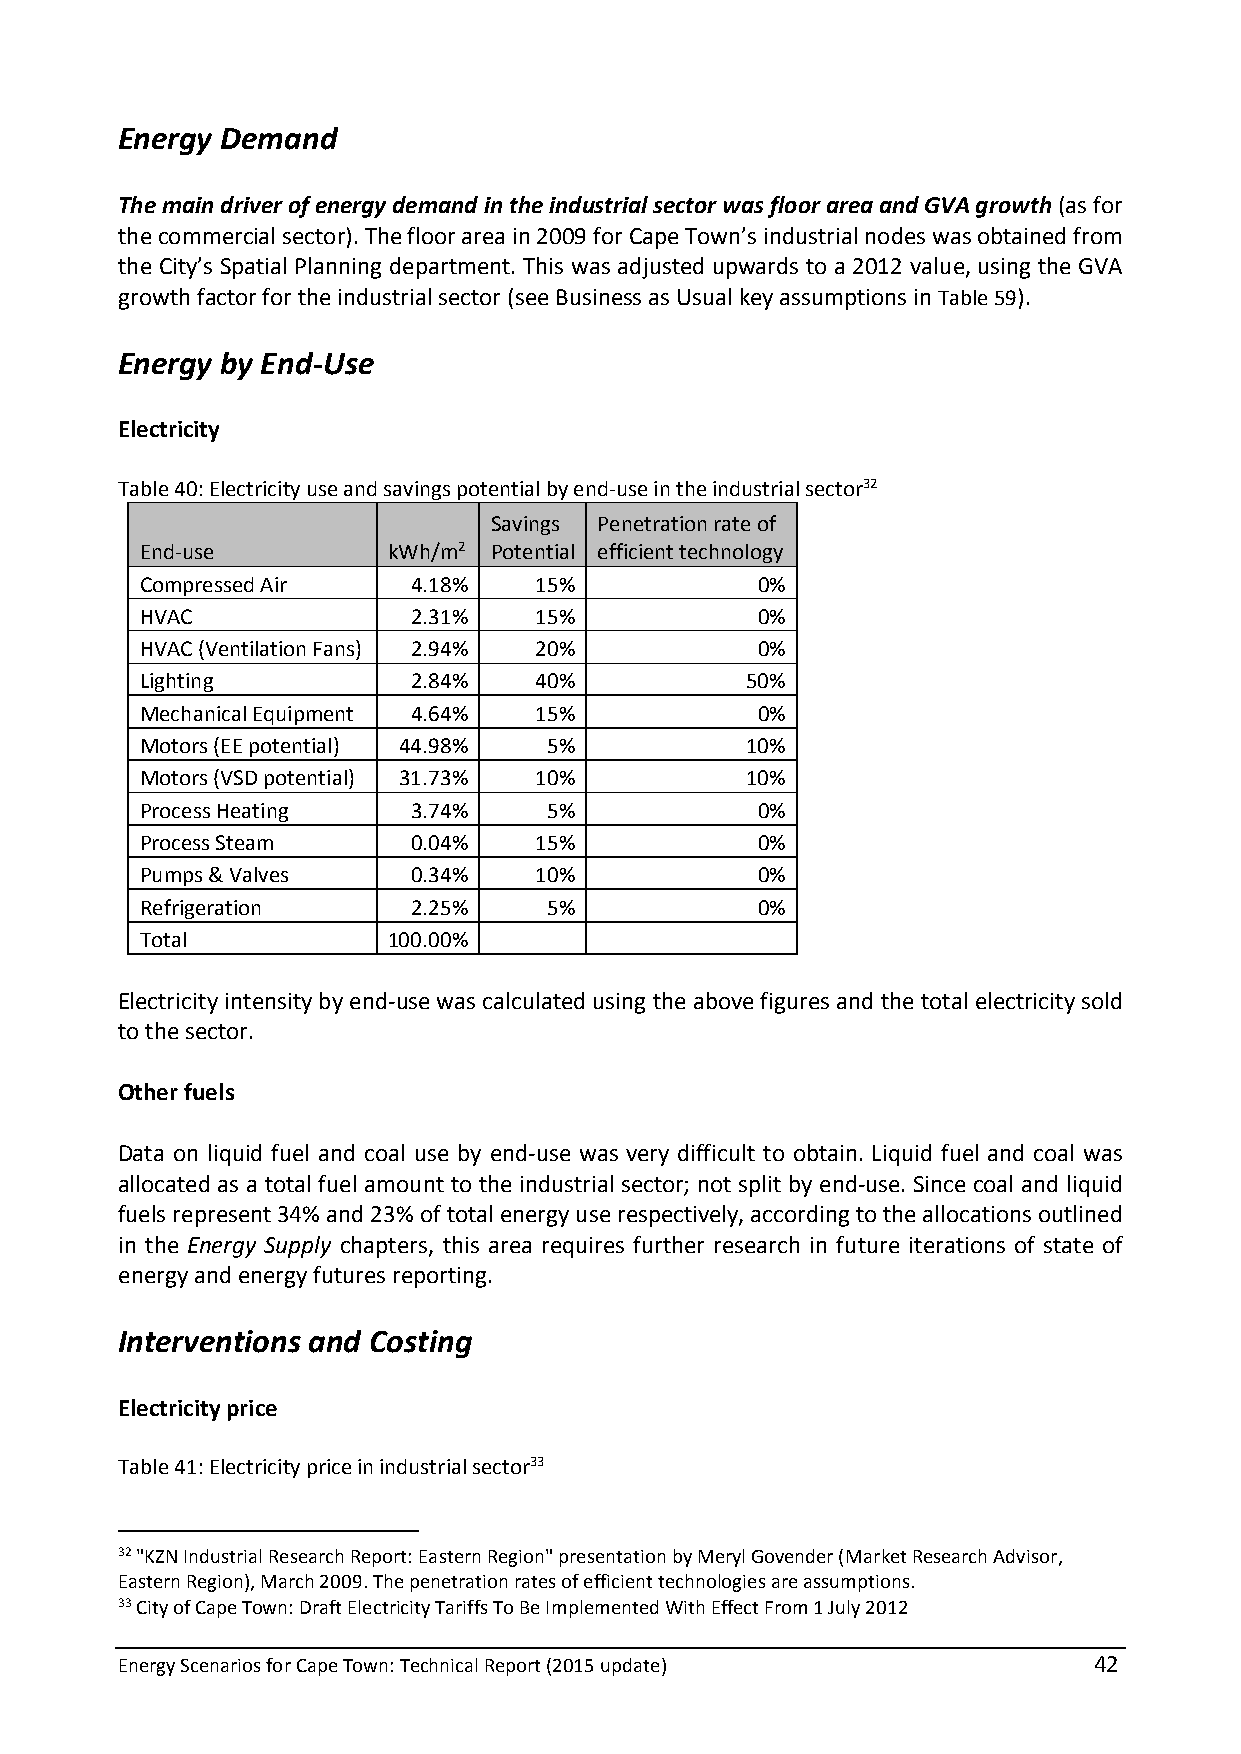
Energy Demand
 The main driver of energy demand in the industrial sector was floor area and GVA growth (as for
 the commercial sector). The floor area in 2009 for Cape Town’s industrial nodes was obtained from
 the City’s Spatial Planning department. This was adjusted upwards to a 2012 value, using the GVA
 growth factor for the industrial sector (see Business as Usual key assumptions in Table 59).
 Energy by End-Use
 Electricity
 Table 40: Electricity use and savings potential by end-use in the industrial sector32
 Savings Penetration rate of
 End-use          kWh/m2 Potential efficient technology
 Compressed Air    4.18%   15%            0%
 HVAC              2.31%   15%            0%
 HVAC (Ventilation Fans) 2.94% 20%        0%
 Lighting          2.84%   40%           50%
 Mechanical Equipment 4.64% 15%           0%
 Motors (EE potential) 44.98% 5%         10%
 Motors (VSD potential) 31.73% 10%       10%
 Process Heating   3.74%    5%            0%
 Process Steam     0.04%   15%            0%
 Pumps & Valves    0.34%   10%            0%
 Refrigeration     2.25%    5%            0%
 Total            100.00%
 Electricity intensity by end-use was calculated using the above figures and the total electricity sold
 to the sector.
 Other fuels
 Data on liquid fuel and coal use by end-use was very difficult to obtain. Liquid fuel and coal was
 allocated as a total fuel amount to the industrial sector; not split by end-use. Since coal and liquid
 fuels represent 34% and 23% of total energy use respectively, according to the allocations outlined
 in the Energy Supply chapters, this area requires further research in future iterations of state of
 energy and energy futures reporting.
 Interventions and Costing
 Electricity price
 Table 41: Electricity price in industrial sector33
 32 "KZN Industrial Research Report: Eastern Region" presentation by Meryl Govender (Market Research Advisor,
 Eastern Region), March 2009. The penetration rates of efficient technologies are assumptions.
 33 City of Cape Town: Draft Electricity Tariffs To Be Implemented With Effect From 1 July 2012
 Energy Scenarios for Cape Town: Technical Report (2015 update)  42